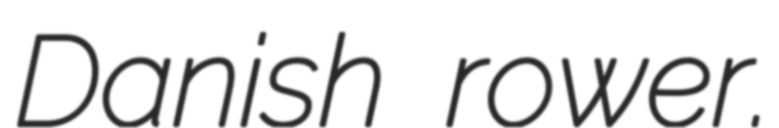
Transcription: Danish rower.